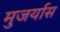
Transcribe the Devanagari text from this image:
मुजर्यास